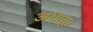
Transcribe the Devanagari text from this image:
अधातु।